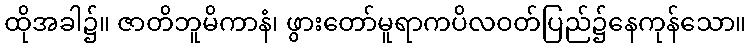
ထိုအခါ၌။ ဇာတိဘူမိကာနံ၊ ဖွားတော်မူရာကပိလဝတ်ပြည်၌နေကုန်သော။